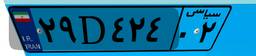
۵۴D۱۷۲۱۱